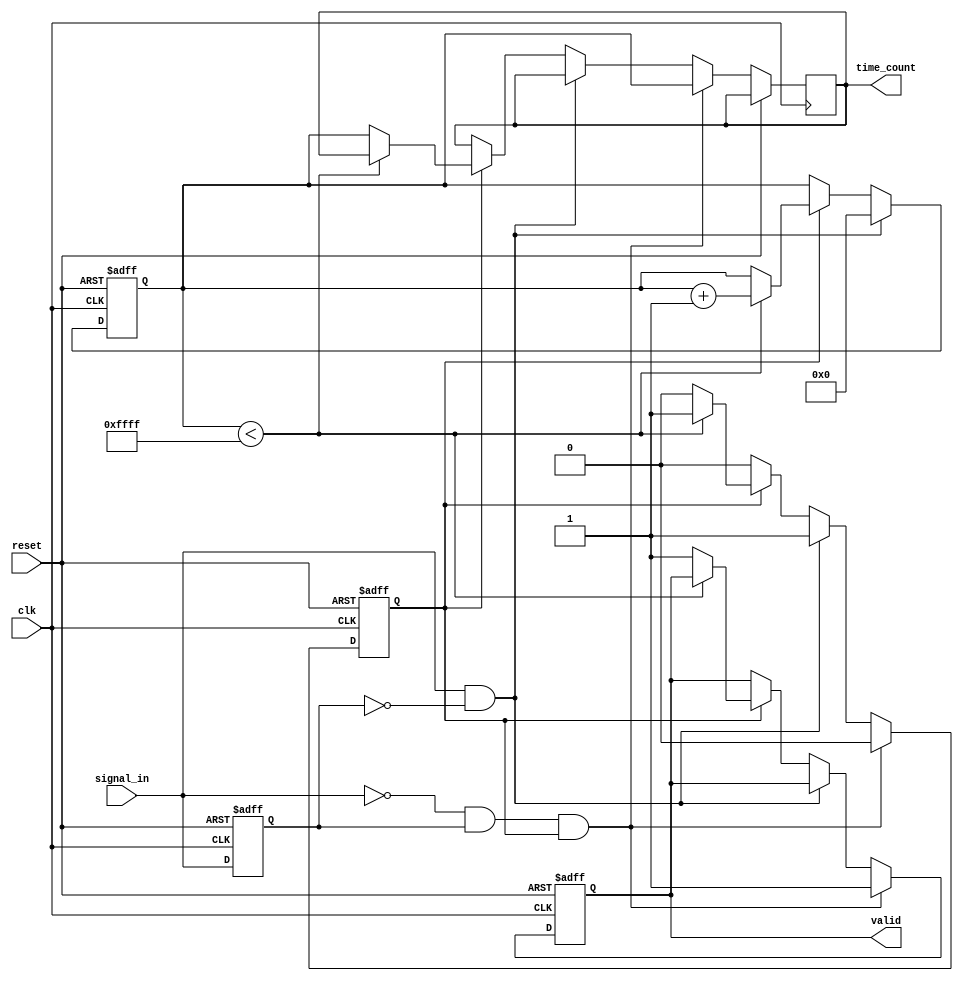
module TDC (
    input wire clk,                // System clock
    input wire reset,              // Reset signal
    input wire signal_in,          // Input signal to measure
    output reg [15:0] time_count,  // Measured time count output
    output reg valid               // Valid output flag
);

    // Parameters
    parameter DELAY_LINE_SIZE = 16; // Number of delay taps
    parameter MAX_COUNT = 65535;     // Maximum count value for 16-bit counter

    // Internal signals
    reg [DELAY_LINE_SIZE-1:0] delay_line; // Delay line for time measurement
    reg [15:0] counter;                   // Digital counter
    reg signal_prev;                      // Previous state of the input signal
    reg measuring;                        // Flag to indicate measuring state

    // Delay line generation
    always @(posedge clk or posedge reset) begin
        if (reset) begin
            delay_line <= 0;
        end else begin
            delay_line <= {signal_in, delay_line[DELAY_LINE_SIZE-1:1]};
        end
    end

    // Edge detection and time measurement
    always @(posedge clk or posedge reset) begin
        if (reset) begin
            counter <= 0;
            valid <= 0;
            measuring <= 0;
            signal_prev <= 0;
        end else begin
            // Rising edge detection
            if (signal_in && !signal_prev) begin
                measuring <= 1; // Start measuring
                counter <= 0;   // Reset counter
            end else if (measuring) begin
                if (counter < MAX_COUNT) begin
                    counter <= counter + 1; // Increment counter
                end else begin
                    measuring <= 0; // Stop measuring if max count reached
                    valid <= 1;     // Set valid flag
                    time_count <= counter; // Store the count value
                end
            end
            // Falling edge detection
            if (!signal_in && signal_prev && measuring) begin
                measuring <= 0; // Stop measuring on falling edge
                valid <= 1;     // Set valid flag
                time_count <= counter; // Store the count value
            end
            signal_prev <= signal_in; // Update previous signal state
        end
    end

endmodule